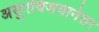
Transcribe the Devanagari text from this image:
असुरविजयानंतर